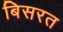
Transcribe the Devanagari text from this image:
बिसरत